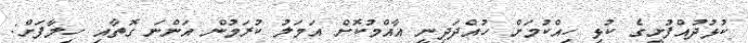
ކުޅުދުއްފުށީގެ ކުޅި ހިއްކުމަށް ހުއްދަދިނީ އާއްމުކޮށް އަމަލު ކުރަމުން އަންނަ ގޮތާއި ހިލާފަށް: